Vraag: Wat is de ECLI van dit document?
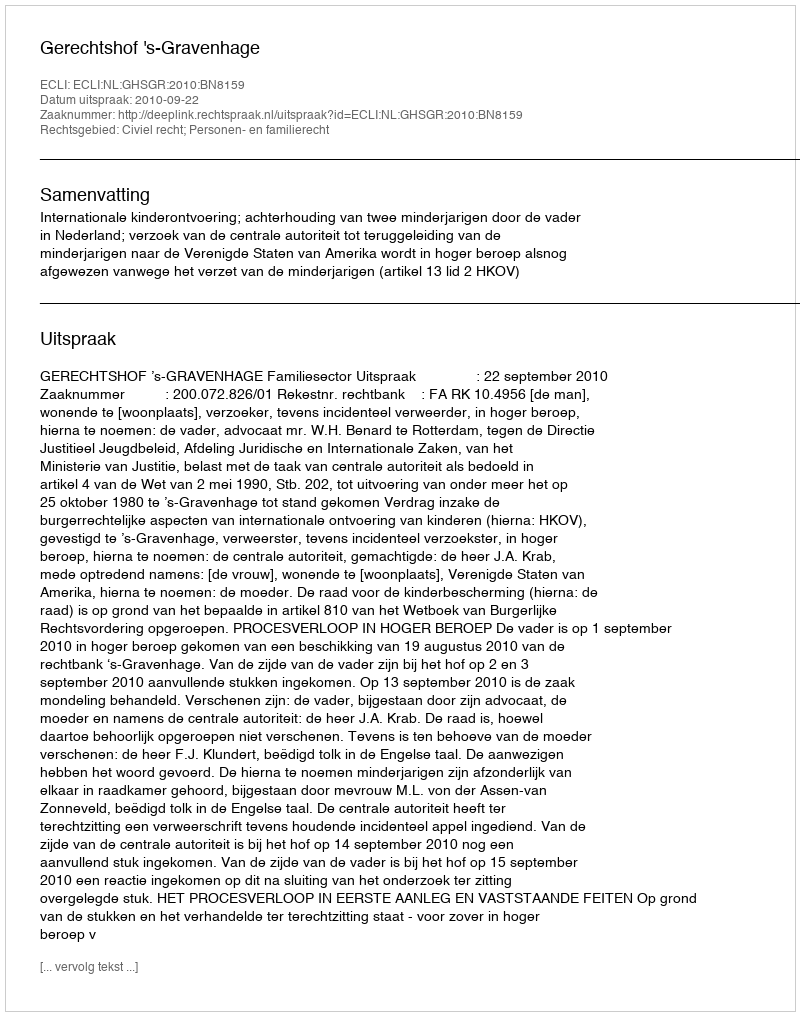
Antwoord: ECLI:NL:GHSGR:2010:BN8159